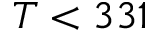
T < 3 3 1